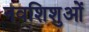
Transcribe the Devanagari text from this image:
नवशिशुओं